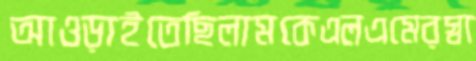
আওড়াইতেছিলামকেএলএমেরস্বা